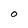
Character: O